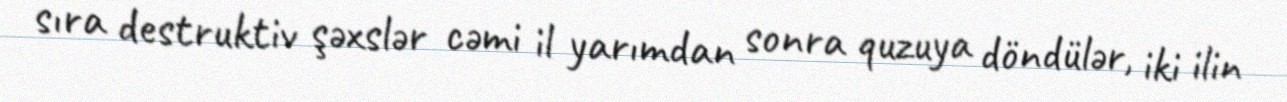
sıra destruktiv şəxslər cəmi il yarımdan sonra quzuya döndülər, iki ilin